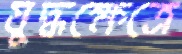
যুদ্ধক্ষেত্রে